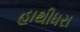
હાથીધરા